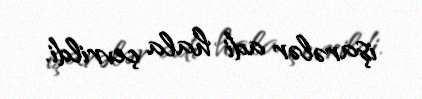
işarələr adi hala çevrildi.